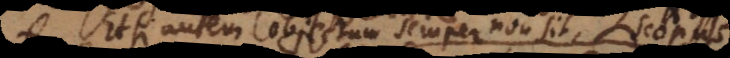
Etsi autem objectum semper non nato caecis